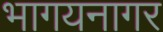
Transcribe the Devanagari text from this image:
भागयनागर